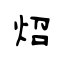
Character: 炤